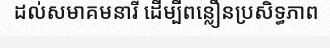
ដល់សមាគមនារី ដើម្បីពន្លឿនប្រសិទ្ធភាព